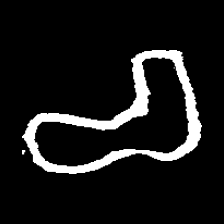
Pyu character \u2014 Myanmar letter: စ (romanized: ca)